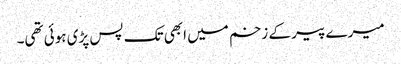
میرے پیر کے زخم میں ابھی تک پس پڑی ہوئی تھی۔